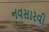
નવસારવી